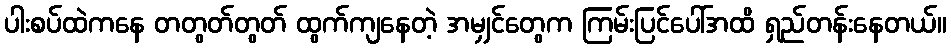
ပါးစပ်ထဲကနေ တတွတ်တွတ် ထွက်ကျနေတဲ့ အမျှင်တွေက ကြမ်းပြင်ပေါ်အထိ ရှည်တန်းနေတယ်။